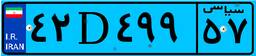
۴۲D۴۹۹۵۷